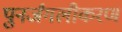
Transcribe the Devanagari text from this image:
पुनर्जंगलीकरण